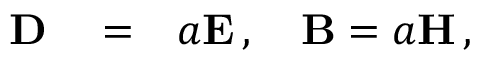
\begin{array} { r l r } { { \bf D } } & { { } = } & { a { \bf E } \, , \quad { \bf B } = a { \bf H } \, , } \end{array}